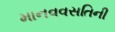
માનવવસતિની